talulepingud_et, lk 12
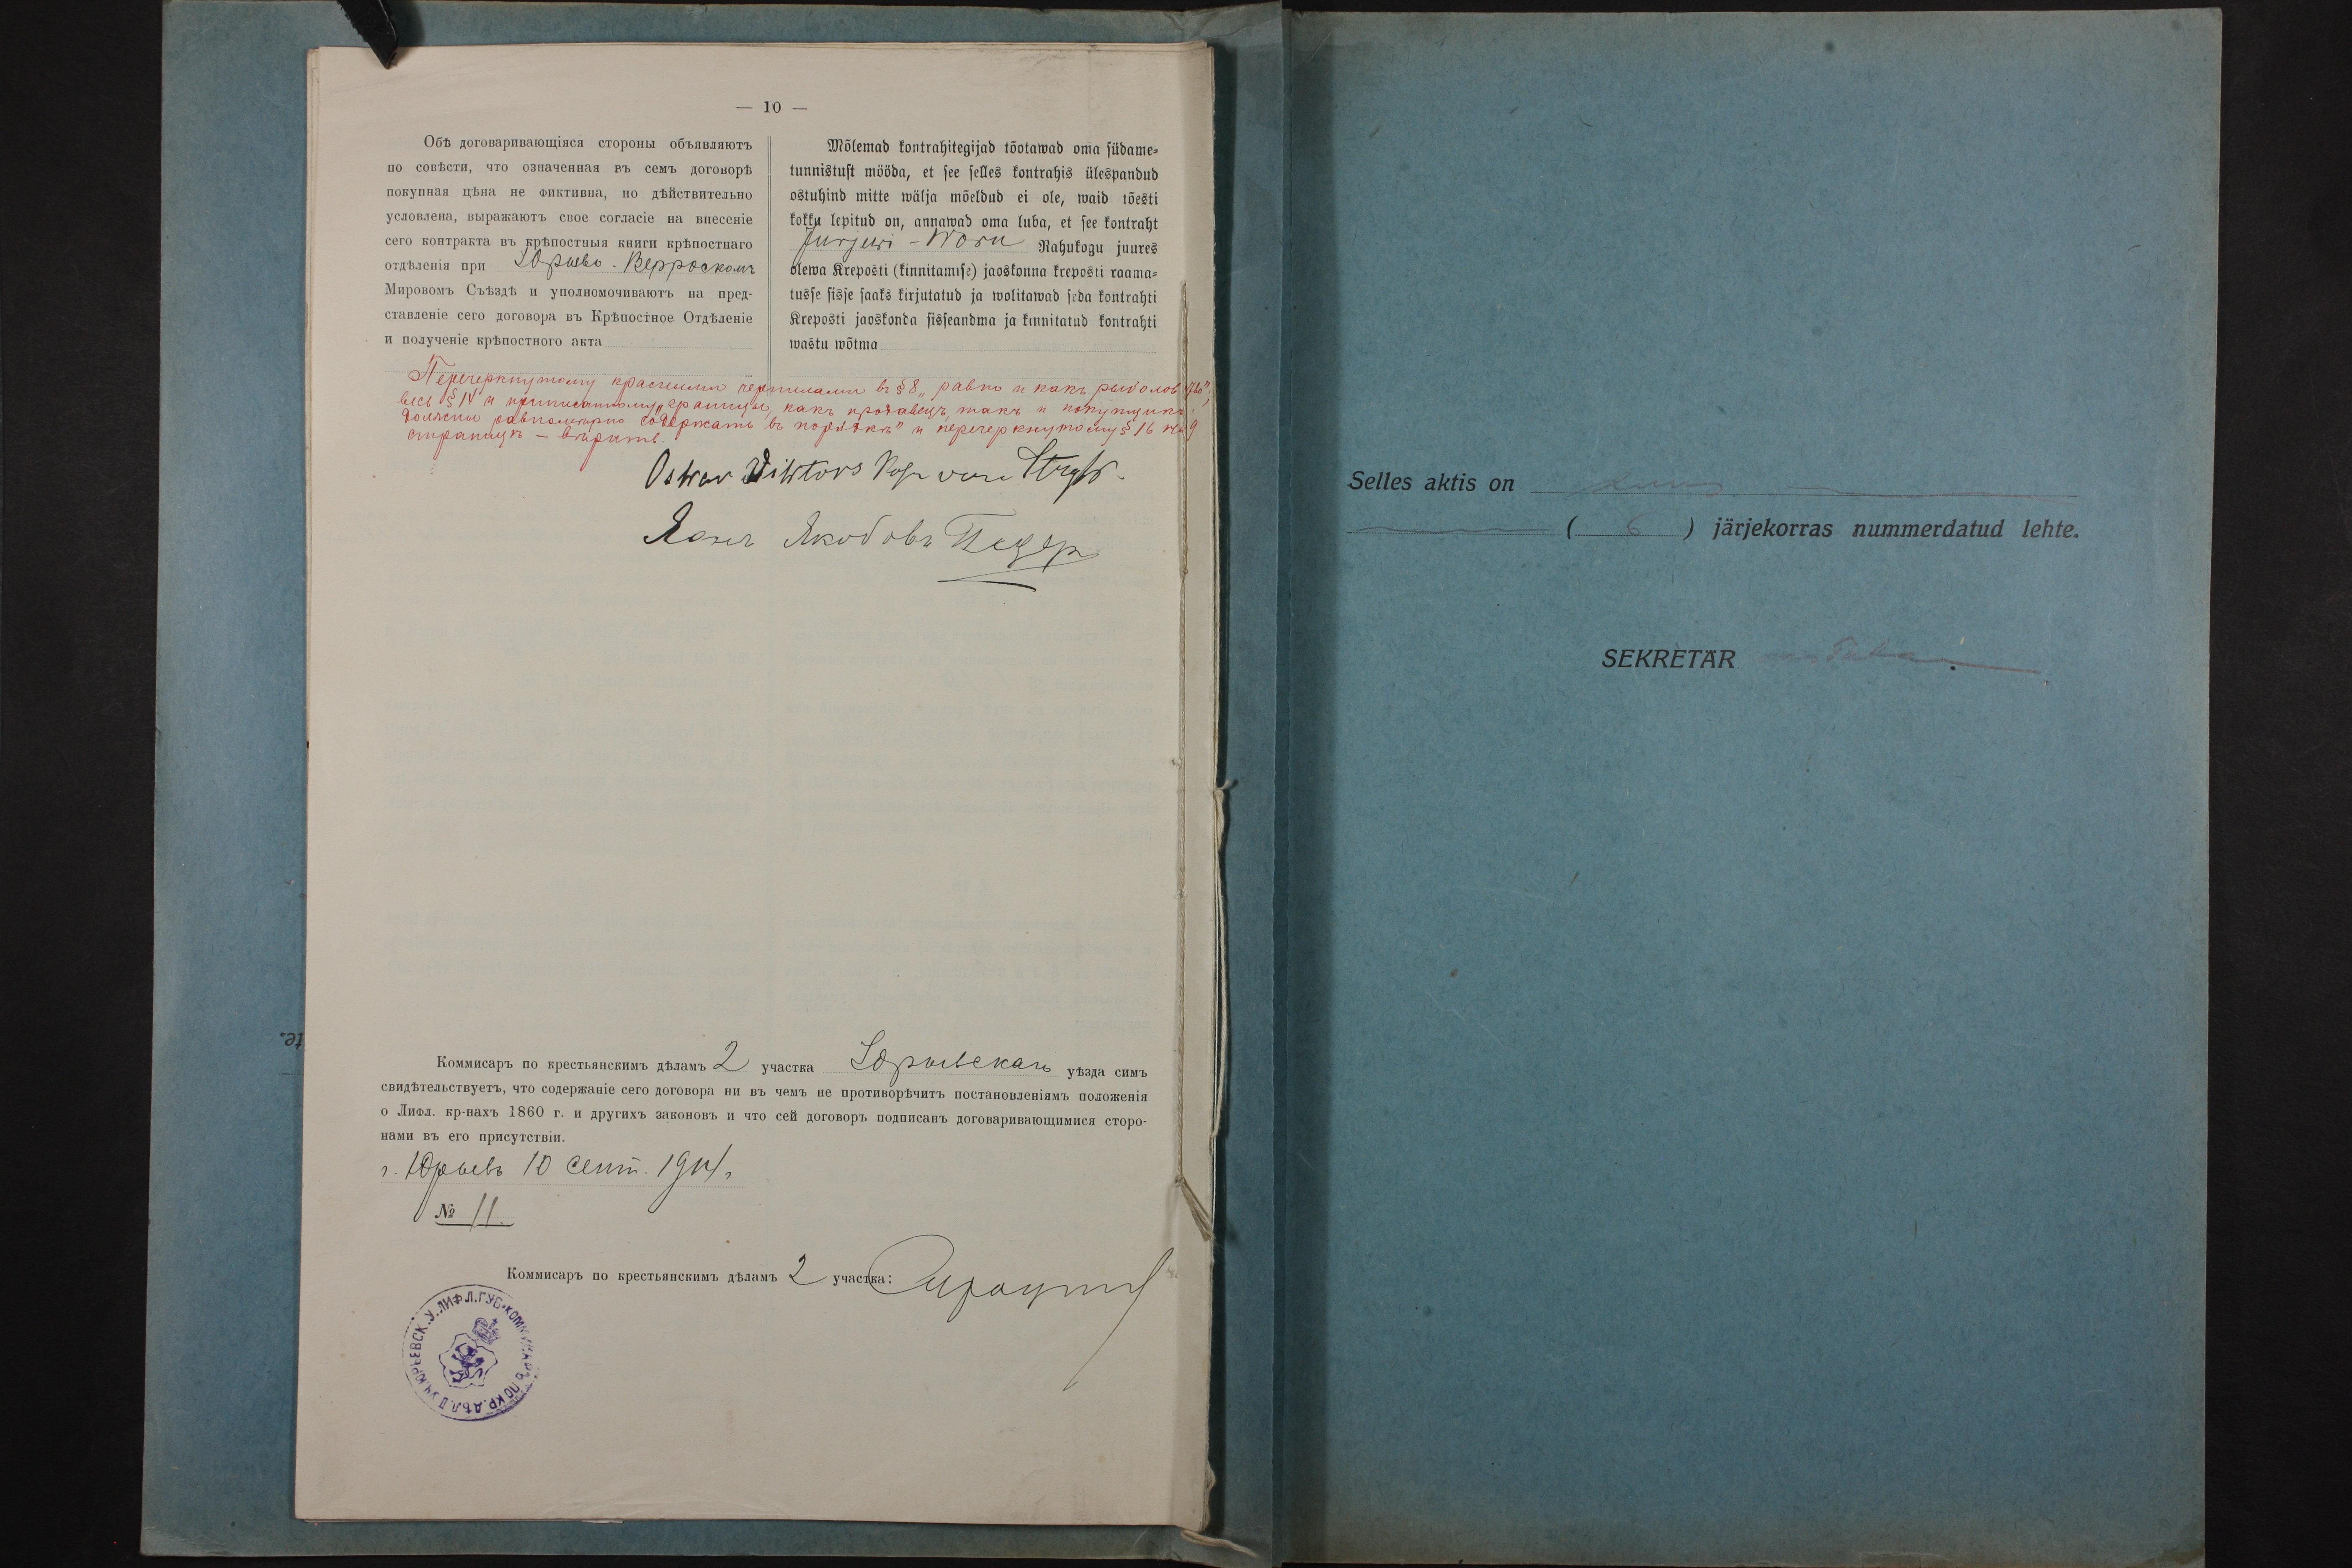
Mõlemad kontrahitegijad tõotawad oma südame-
tunnistust mööda, et see selles kontrahis ülespandud
ostuhind mitte wälja mõeldud ei ole, waid tõesti
kokku lepitud on, annawad oma luba, et see kontraht
Jurjewi-Woru Rahukogu juures
olewa Kreposti (kinnitamise) jaoskonna kreposti raama-
tusse sisse saaks kirjutatud ja wolitawad seda kontrahti
Kreposti kaoskonda sisseandma ja kinnitatud kontrahti
wastu wõtma

Selles aktis on kuus
(6) järjekorras nummerdatud lehte.
SEKRETÄR